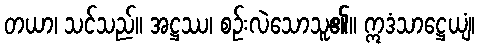
တယာ၊ သင်သည်။ အဋ္ဌဿ၊ စဉ်းလဲသောသူ၏။ ဣဒံသာဋ္ဌေယျံ၊